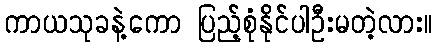
ကာယသုခနဲ့ကော ပြည့်စုံနိုင်ပါဦးမတဲ့လား။